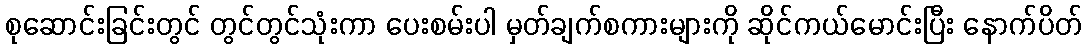
စုဆောင်းခြင်းတွင် တွင်တွင်သုံးကာ ပေးစမ်းပါ မှတ်ချက်စကားများကို ဆိုင်ကယ်မောင်းပြီး နောက်ပိတ်